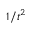
1 / t ^ { 2 }